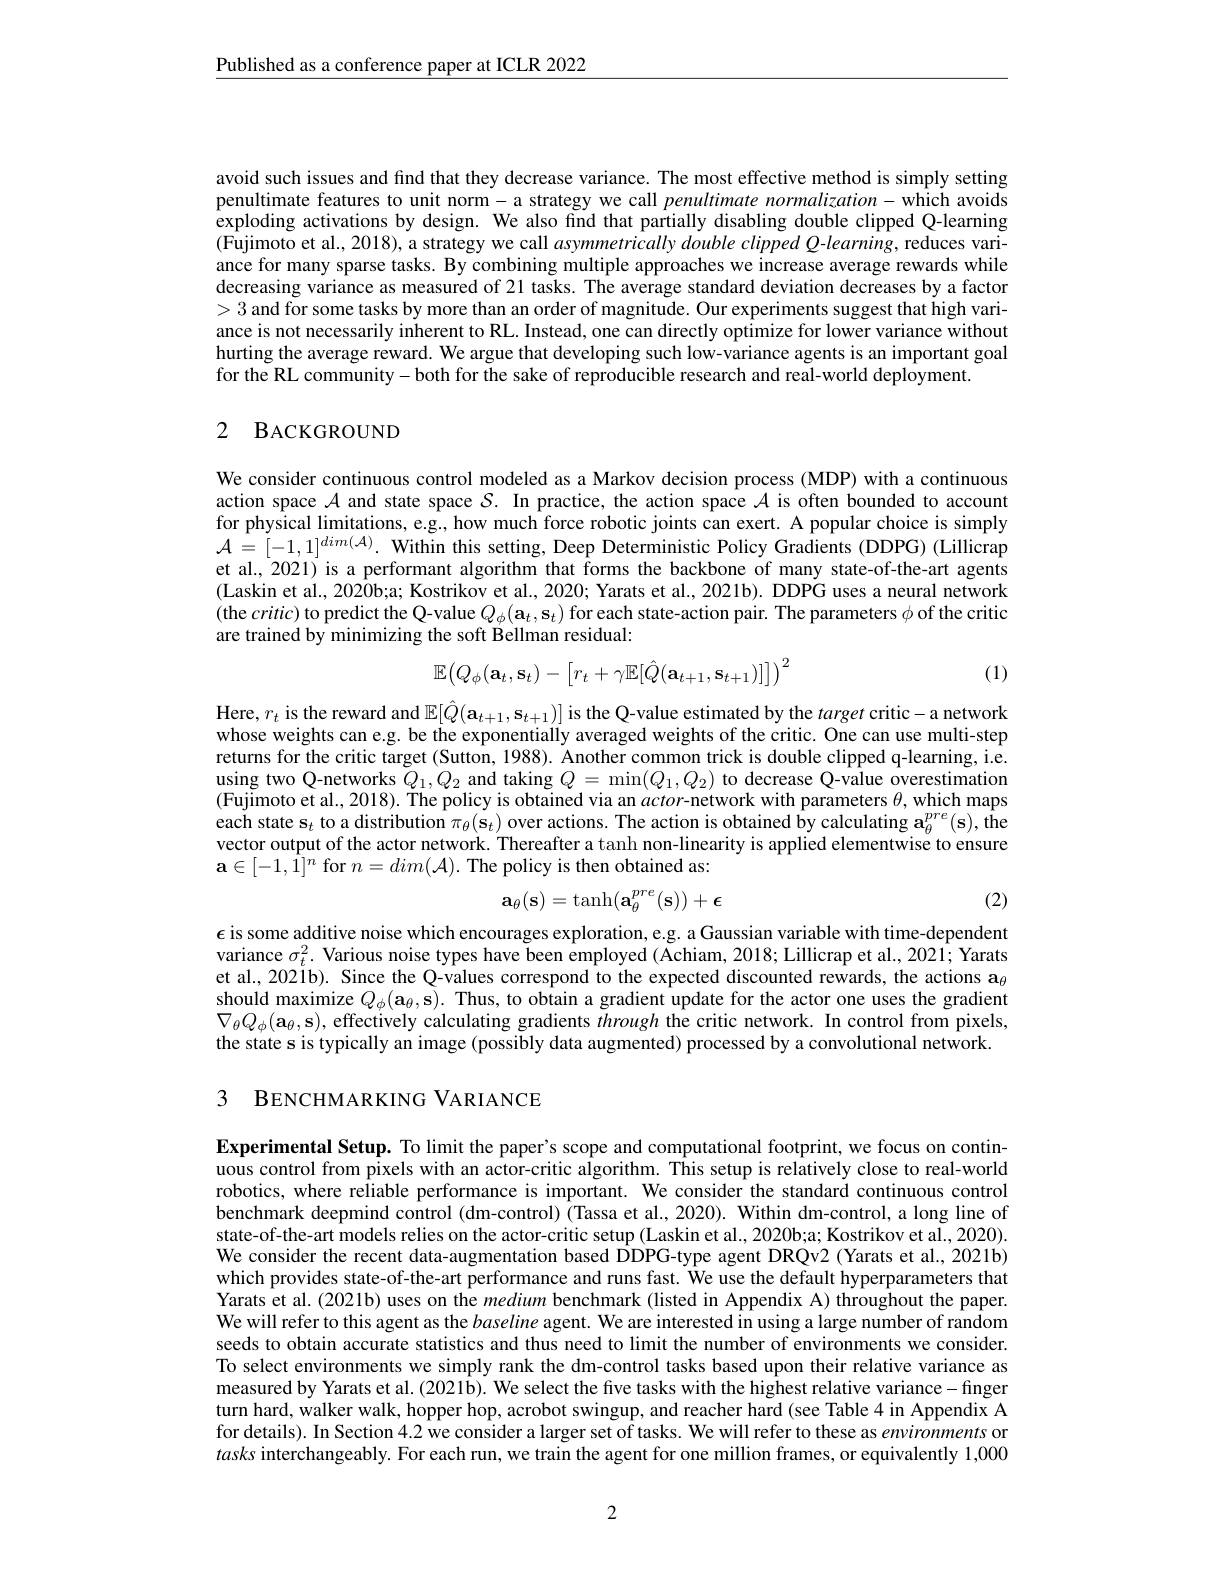
Published as a conference paper at ICLR 2022

avoid such issues and find that they decrease variance. The most effective method is simply setting penultimate features to unit norm-a strategy we call penultimate normalization- which avoids exploding activations by design. We also find that partially disabling double clipped Q-learning $(\tilde{\text{Fujimoto et al., 2018), a strategy we call }asymmetricallydoubleclippedQ-learning,~reduces~vari-}$ ance for many sparse tasks. By combining multiple approaches we increase average rewards while decreasing variance as measured of 21 tasks. The average standard deviation decreases by a factor >3 and for some tasks by more than an order of magnitude. Our experiments suggest that high variance is not necessarily inherent to RL. Instead, one can directly optimize for lower variance without hurting the average reward. We argue that developing such low-variance agents is an important goal for the RL community-both for the sake of reproducible research and real-world deployment.

### 2 BACKGROUND

We consider continuous control modeled as a Markov decision process (MDP) with a continuous action space $\mathcal{A}$ and state space $\mathcal{S}.$ In practice, the action space $\mathcal{A}$ is often bounded to account for physical limitations, e.g., how much force robotic joints can exert. A popular choice is simply $\mathcal{A}=[-1,1]^{dim(\mathcal{A})}.$ Within this setting, Deep Deterministic Policy Gradients (DDPG) (Lillicrap et al., 2021) is a performant algorithm that forms the backbone of many state-of-the-art agents (Laskin et al., 2020b;a; Kostrikov et al., 2020; Yarats et al., 2021b). DDPG uses a neural network (the $critic)$ to predict the Q-value $Q_\phi(\mathbf{a}_t,\mathbf{s}_t)$ for each state-action pair. The parameters $\phi$ of the critic are trained by minimizing the soft Bellman residual:
$$\mathbb{E}\big(Q_\phi(\mathbf{a}_t,\mathbf{s}_t)-\big[r_t+\gamma\mathbb{E}[\hat{Q}(\mathbf{a}_{t+1},\mathbf{s}_{t+1})]\big]\big)^2$$
(1)

Here, $r_t$ is the reward and $\mathbb{E}[\hat{Q}(\mathbf{a}_{t+1},\mathbf{s}_{t+1})]$ is the Q-value estimated by the target critic- a network whose weights can e.g. be the exponentially averaged weights of the critic. One can use multi-step returns for the critic target (Sutton, 1988). Another common trick is double clipped q-learning, i.e. using two Q-networks $Q_1,Q_2$ and taking $Q=\min(Q_1,Q_2)$ to decrease Q-value overestimation (Fujimoto et al., 2018). The policy is obtained via an $actor-$network with parameters $\theta$, which maps each state s$_t$ to a distribution $\pi_\theta(\mathbf{s}_t)$ over actions. The action is obtained by calculating $\mathbf{a}_\theta^{pre}(\mathbf{s})$,the vector output of the actor network. Thereafter a tanh non-linearity is applied elementwise to ensure $\mathbf{a}\in[-1,\hat{1}]^n$ for $n=dim(\mathcal{A}).$ The policy is then obtained as:
$$\mathbf{a}_\theta(\mathbf{s})=\tanh(\mathbf{a}_\theta^{pre}(\mathbf{s}))+\epsilon $$
(2)

$\epsilon$ is some additive noise which encourages exploration, e.g. a Gaussian variable with time-dependent variance $\sigma_t^2.$ Various noise types have been employed ( Achiam, 2018; Lillicrap et al., 2021; Yarats et al., 2021b). Since the Q-values correspond to the expected discounted rewards, the actions a$_\theta$ should maximize $Q_{\phi }( \mathbf{a} _{\theta }, \mathbf{s} ) .$ Thus, to obtain a gradient update for the actor one uses the gradient $\nabla O( - 1)$ or (-1) or (-1) or (-1) or (-1) or (-1) or (-1) or (-1) or (-1) or (-1) or (-1)d -1 or (-1) or (-1) or (- $\nabla_\theta Q_\phi(\mathbf{a}_\theta,\mathbf{s})$, effectively calculating gradients through the critic network. In control from pixels, the state s is typically an image (possibly data augmented) processed by a convolutional network.

3 BENCHMARKING VARIANCE

Experimental Setup. To limit the paper's scope and computational footprint, we focus on continuous control from pixels with an actor-critic algorithm. This setup is relatively close to real-world robotics, where reliable performance is important. We consider the standard continuous control benchmark deepmind control (dm-control) (Tassa et al., 2020). Within dm-control, a long line of state-of-the-art models relies on the actor-critic setup (Laskin et al., 2020b;a; Kostrikov et al., 2020). We consider the recent data-augmentation based DDPG-type agent DRQv2 (Yarats et al., 2021b) which provides state-of-the-art performance and runs fast. $\hat{\text{Weusethedefaulthyperparametersthat}}$ Yarats et al. (2021b) uses on the medium benchmark (listed in Appendix A) throughout the paper. We will refer to this agent as the baseline agent. We are interested in using a large number of random seeds to obtain accurate statistics and thus need to limit the number of environments we consider. To select environments we simply rank the dm-control tasks based upon their relative variance as measured by Yarats et al. (2021b). We select the five tasks with the highest relative variance- finger turn hard, walker walk, hopper hop, acrobot swingup, and reacher hard (see Table 4 in Appendix A for details). In Section 4.2 we consider a larger set of tasks. We will refer to these as environments or tasks interchangeably. For each run, we train the agent for one million frames, or equivalently 1,000

2